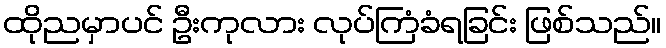
ထိုညမှာပင် ဦးကုလား လုပ်ကြံခံရခြင်း ဖြစ်သည်။